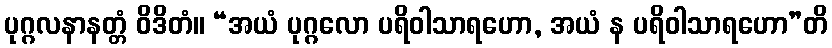
ပုဂ္ဂလနာနတ္တံ ဝိဒိတံ။ “အယံ ပုဂ္ဂလော ပရိဝါသာရဟော, အယံ န ပရိဝါသာရဟော”တိ